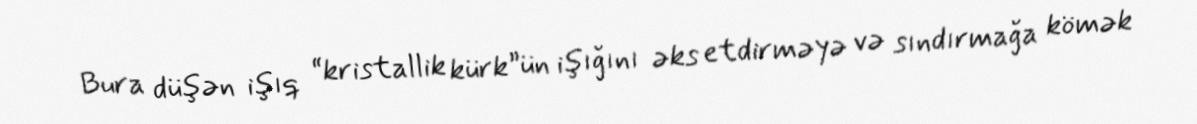
Bura düşən işıq “kristallik kürk”ün işığını əks etdirməyə və sındırmağa kömək